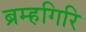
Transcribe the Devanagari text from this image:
ब्रम्हगिरि